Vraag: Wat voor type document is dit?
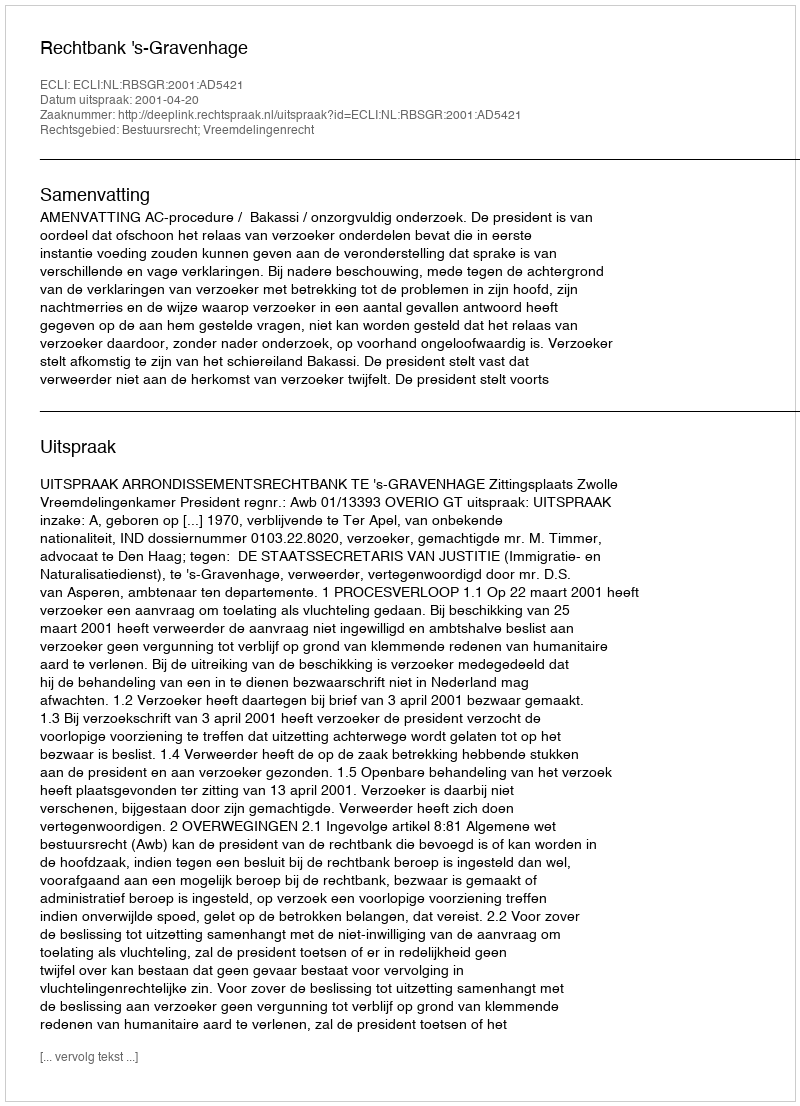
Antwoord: Uitspraak